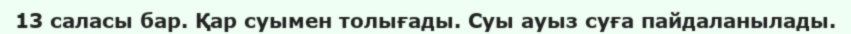
13 саласы бар. Қар суымен толығады. Суы ауыз суға пайдаланылады.